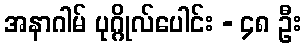
အနာဂါမ် ပုဂ္ဂိုလ်ပေါင်း - ၄၈ ဦး